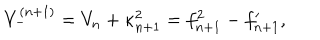
LaTeX: V _ { - } ^ { ( n + 1 ) } = V _ { n } + \kappa _ { n + 1 } ^ { 2 } = f _ { n + 1 } ^ { 2 } - f _ { n + 1 } ^ { \prime } ,